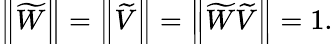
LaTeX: \left\| \widetilde{W}\right\| =\left\| \widetilde{V}\right\| =\left\| \widetilde{W}\widetilde{V}\right\| =1.